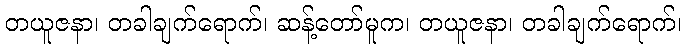
တယူဇနာ၊ တခါချက်ရောက်၊ ဆန့်တော်မူက၊ တယူဇနာ၊ တခါချက်ရောက်၊